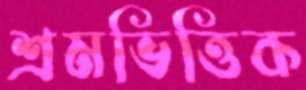
শ্রমভিত্তিক